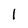
Character: l